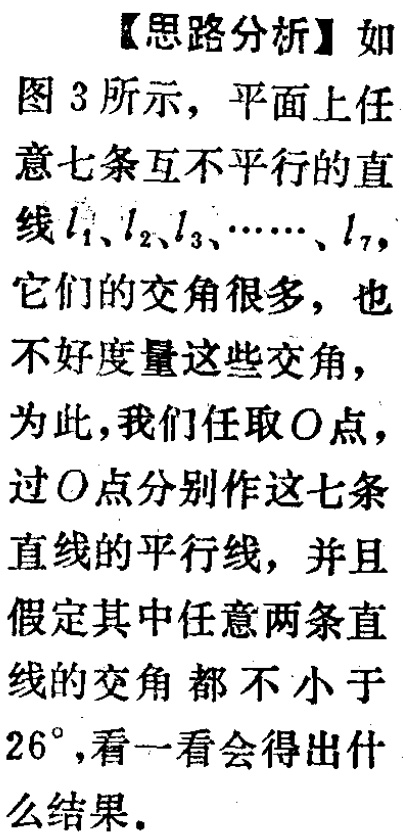
【思路分析】如图 3 所示，平面上任意七条互不平行的直线\(l_1、l_2、l_3、\cdots、l_7\)，它们的交角很多，也不好度量这些交角，为此，我们任取\(O\)点，过\(O\)点分别作这七条直线的平行线，并且假定其中任意两条直线的交角都不小于\(26^{\circ}\)，看一看会得出什么结果。